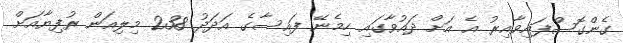
ގެންގޮސްފައިވާއިރު އެ އަށް ދައުވާގައި ހިމެނޭ ފައިސާގެ އަދަދު 238 މިލިއަން ރުފިޔާއަށް